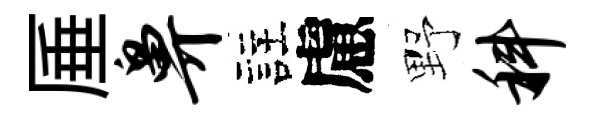
厜鼻註慮野科